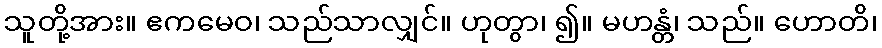
သူတို့အား။ ဧကမေဝ၊ သည်သာလျှင်။ ဟုတွာ၊ ၍။ မဟန္တံ၊ သည်။ ဟောတိ၊